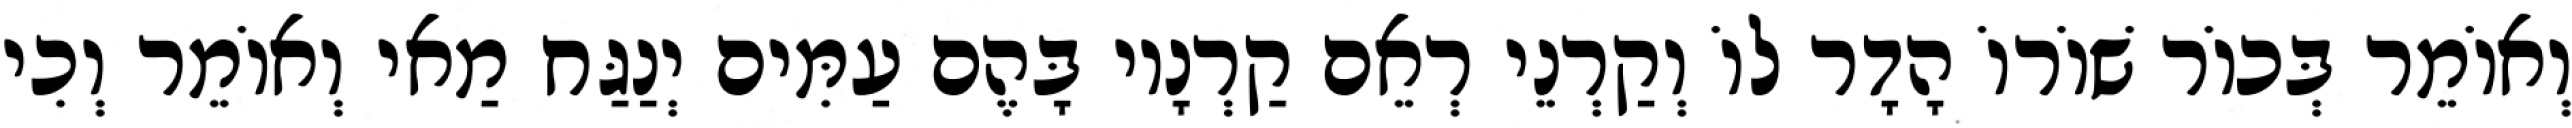
וְאוֹמֵר בְּכוֹר שׁוֹרוֹ הָדָר לוֹ וְקַרְנֵי רְאֵם קַרְנָיו בָּהֶם עַמִּים יְנַגַּח מַאי וְאוֹמֵר וְכִי